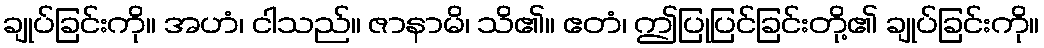
ချုပ်ခြင်းကို။ အဟံ၊ ငါသည်။ ဇာနာမိ၊ သိ၏။ ဧတံ၊ ဤပြုပြင်ခြင်းတို့၏ ချုပ်ခြင်းကို။